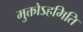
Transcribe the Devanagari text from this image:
मुक्तोऽहमिति